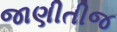
જાણીતીજ